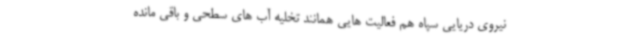
نیروی دریایی سپاه هم فعالیت هایی همانند تخلیه آب های سطحی و باقی مانده